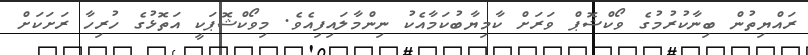
ރައްޔިތުން ބިނާކުރުމުގެ ވޯކްޝޮޕް ވަރަށް ކާމިޔާބުކަމާއެކު ނިންމާލައިފިއެވެ. މިވޯކްޝޮޕަކީ އަތޮޅުގެ ހުރިހާ ރަށަކަށް